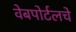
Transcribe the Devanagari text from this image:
वेबपोर्टलचे